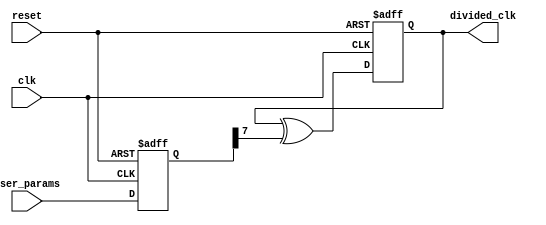
module frequency_divider (
    input wire clk,             // Input clock signal from frequency synthesizer
    input wire reset,           // Reset signal
    input wire [7:0] user_params,  // User-defined parameters for frequency division setting
    output reg divided_clk      // Output divided clock signal
);

reg [7:0] divider_setting;      // Internal register to store frequency divider settings

always @(posedge clk or posedge reset) begin
    if (reset) begin
        divider_setting <= 8'h00;  // Reset the divider setting to default value
        divided_clk <= 1'b0;       // Initialize divided clock signal
    end else begin
        // Adjust frequency divider settings based on user-defined parameters
        divider_setting <= user_params;
        // Generate divided clock signal using frequency divider setting
        divided_clk <= divided_clk ^ divider_setting[7]; // Toggle divided_clk based on MSB of divider_setting
    end
end

endmodule